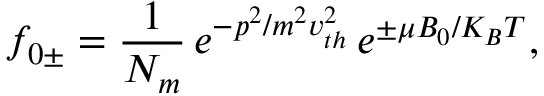
f _ { 0 \pm } = \frac { 1 } { N _ { m } } \, e ^ { - p ^ { 2 } / m ^ { 2 } v _ { t h } ^ { 2 } } \, e ^ { \pm \mu B _ { 0 } / K _ { B } T } ,